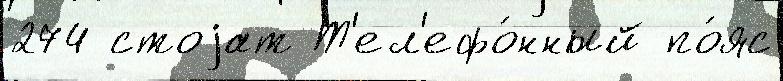
274 стоjат Т'ел'ефо́нный по́яс